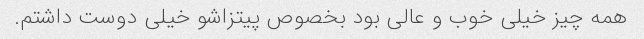
همه چیز خیلی خوب و عالی بود بخصوص پیتزاشو خیلی دوست داشتم.